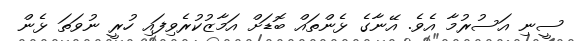
ސީނި އަސުރުމާ އެވެ. އޭނާގެ ޅެންތައް ބޮޑަށް އަމާޒުކުރެވިފައި ހުރީ ނުވަތަ ޅެން